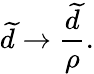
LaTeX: \widetilde{d}\rightarrow\frac{\widetilde{d}}{\rho}.